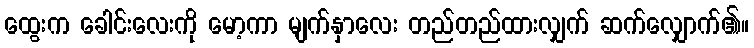
ထွေးက ခေါင်းလေးကို မော့ကာ မျက်နှာလေး တည်တည်ထားလျှက် ဆက်လျှောက်၏။